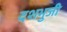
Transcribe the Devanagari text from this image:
दशभुजी